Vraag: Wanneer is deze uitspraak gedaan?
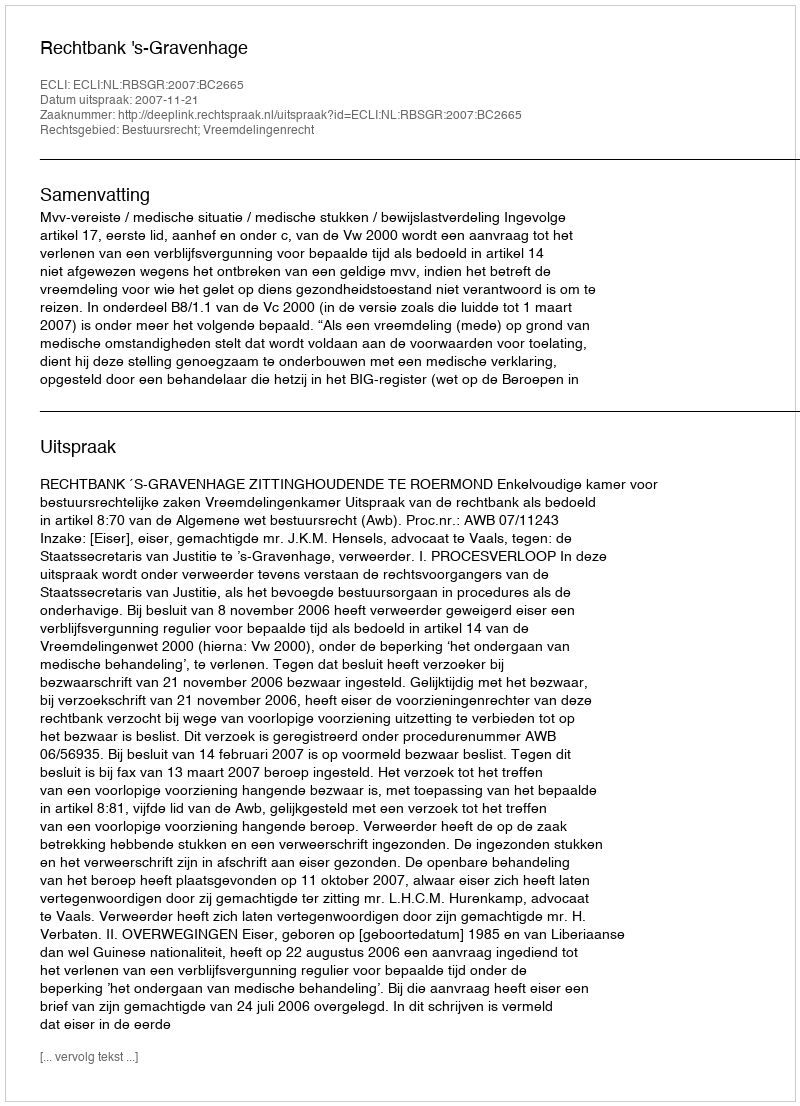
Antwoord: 2007-11-21